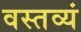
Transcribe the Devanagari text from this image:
वस्तव्यं